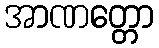
အာဏတ္တော